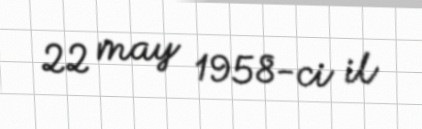
22 may 1958-ci il